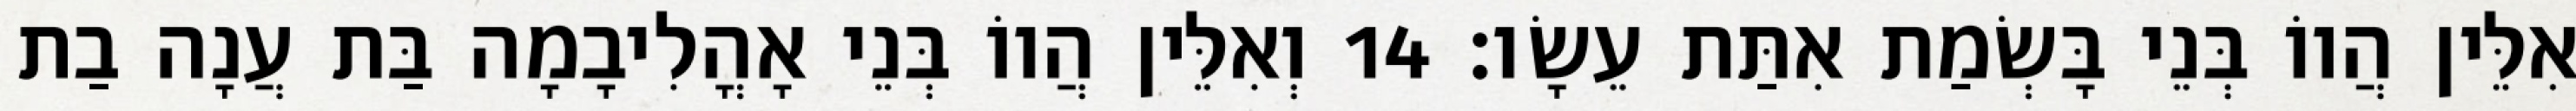
אִלֵּין הֲווֹ בְּנֵי בָּשְׂמַת אִתַּת עֵשָׂו׃ 14 וְאִלֵּין הֲווֹ בְּנֵי אָהֳלִיבָמָה בַּת עֲנָה בַת